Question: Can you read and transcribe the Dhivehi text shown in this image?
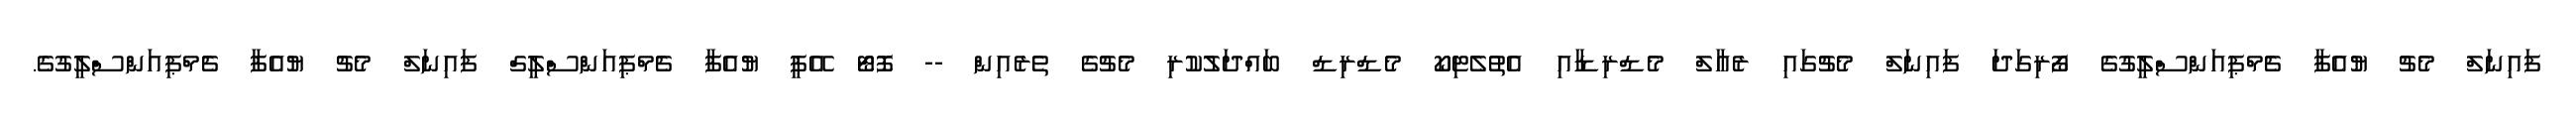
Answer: ފައިނަލް މެޗު ޔުއެފާ ޗެމްޕިއަންސްލީގުގެ ފޯރިގަދަ ފައިނަލް މެޗުގައި ރެއާލް މެޑްރިޑާއި އެތުލެޓިކޯ މެޑްރިޑް ބައްދަލުކުރި މެޗުގެ ތެރެއިން -- ފޮޓޯ އޭޕީ ޔުއެފާ ޗެމްޕިއަންސްލީގް ފައިނަލް މެޗު ޔުއެފާ ޗެމްޕިއަންސްލީގުގެ.